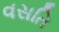
વસતિ